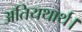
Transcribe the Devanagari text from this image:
अतियथार्थ।